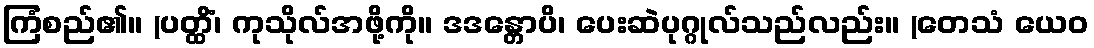
ကြံစည်၏။ (ပတ္ထိံ၊ ကုသိုလ်အဖို့ကို။ ဒဒန္တောပိ၊ ပေးဆဲပုဂ္ဂုလ်သည်လည်း။ (တေသံ ယေဝ